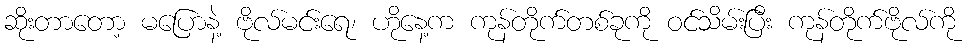
ဆိုးတာတော့ မပြောနဲ့ ဗိုလ်မင်းရေ၊ ဟိုနေ့က ကုန်တိုက်တစ်ခုကို ဝင်သိမ်းပြီး ကုန်တိုက်ဗိုလ်ကို